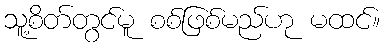
သူ့စိတ်တွင်မူ စစ်ဖြစ်မည်ဟု မထင်။